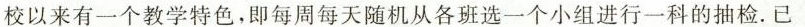
校以来有一个教学特色，即每周每天随机从各班选一个小组进行一科的抽检。已